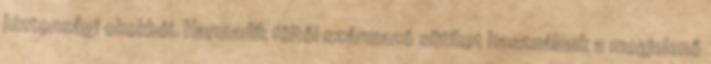
biztonsági okokból. Harmadik féltől származó sütiket használunk a megjelenő